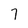
Character: 7